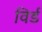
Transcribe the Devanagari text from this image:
विर्ड